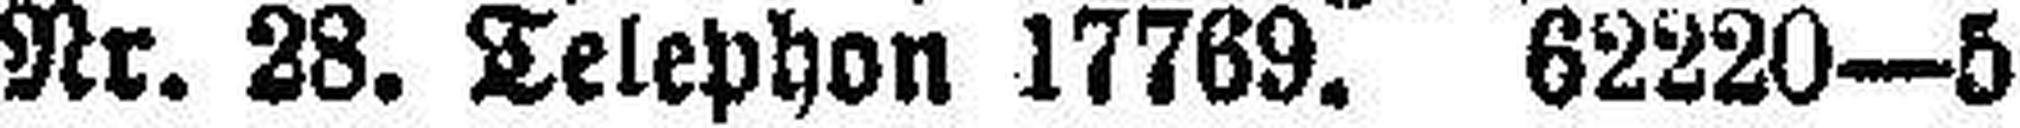
Nr. 28. Telephon 17769. 62220—5